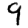
Digit: 9